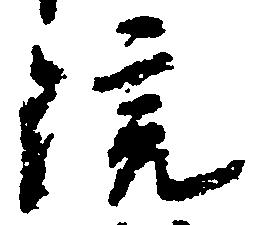
院